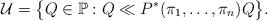
LaTeX: \begin{gather*}\mathcal{U}=\bigl\{Q\in\mathbb{P}:Q\ll P^*(\pi_1,\ldots,\pi_n)Q\bigr\}.\end{gather*}